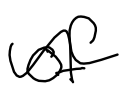
Text: of
Cross-out: wave
Writing tool: digital_black